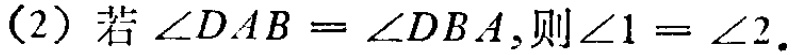
(2) 若\(\angle DAB=\angle DBA\)，则\(\angle 1 = \angle 2\)。